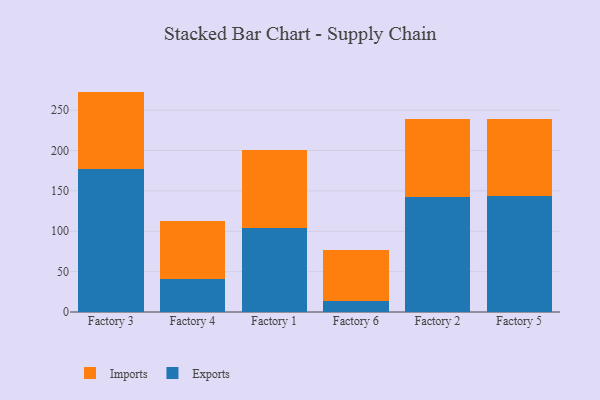
{"axis": {"x": "Factory", "y": "Revenue (USD Million)"}, "legend": ["Exports", "Imports"], "data": [{"x": "Factory 3", "y": 177.7, "type": "Exports"}, {"x": "Factory 3", "y": 95.3, "type": "Imports"}, {"x": "Factory 4", "y": 41.1, "type": "Exports"}, {"x": "Factory 4", "y": 71.1, "type": "Imports"}, {"x": "Factory 1", "y": 104.2, "type": "Exports"}, {"x": "Factory 1", "y": 97.0, "type": "Imports"}, {"x": "Factory 6", "y": 14.1, "type": "Exports"}, {"x": "Factory 6", "y": 62.5, "type": "Imports"}, {"x": "Factory 2", "y": 142.0, "type": "Exports"}, {"x": "Factory 2", "y": 96.9, "type": "Imports"}, {"x": "Factory 5", "y": 144.0, "type": "Exports"}, {"x": "Factory 5", "y": 95.0, "type": "Imports"}]}